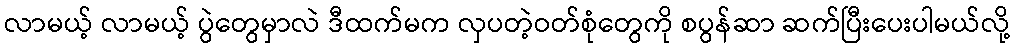
လာမယ့် လာမယ့် ပွဲတွေမှာလဲ ဒီထက်မက လှပတဲ့ဝတ်စုံတွေကို စပွန်ဆာ ဆက်ပြီးပေးပါမယ်လို့